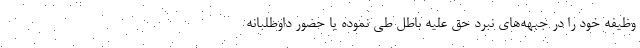
وظیفه خود را در جبهه‌های نبرد حق علیه باطل طی نموده یا حضور داوطلبانه